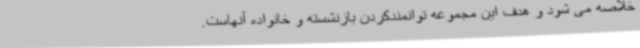
خلاصه می شود و هدف این مجموعه توانمندکردن بازنشسته و خانواده آنهاست.